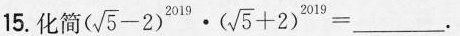
15.化简$$( \sqrt { 5 } - 2 ) ^ { 2 0 1 9 } \cdot ( \sqrt { 5 } + 2 ) ^ { 2 0 1 9 } = ___$$.